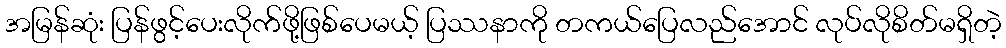
အမြန်ဆုံး ပြန်ဖွင့်ပေးလိုက်ဖို့ဖြစ်ပေမယ့် ပြဿနာကို တကယ်ပြေလည်အောင် လုပ်လိုစိတ်မရှိတဲ့